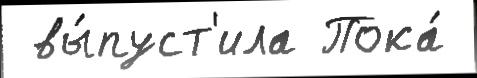
 вы́пуст'ила Пока́